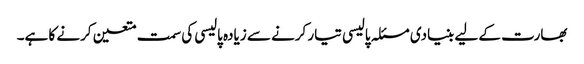
بھارت کے لیے بنیادی مسئلہ پالیسی تیار کرنے سے زیادہ پالیسی کی سمت متعین کرنے کا ہے۔